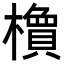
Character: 𬄽